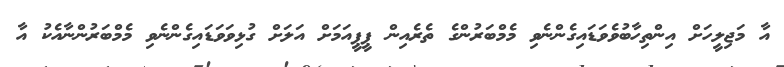
އާ މަޖިލީހަށް އިންތިހާބުވެވަޑައިގެންނެވި މެމްބަރުންގެ ތެރެއިން ޕީޕީއަމަށް އަލަށް ގުޅިވަވަޑައިގެންނެވި މެމްބަރުންނާއެކު އާ